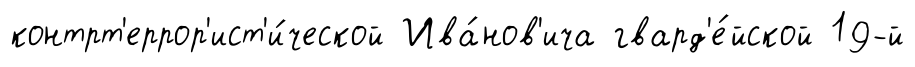
контрт'еррор'ист'и́ческой Ива́нов'ича гвард'е́йской 19-й